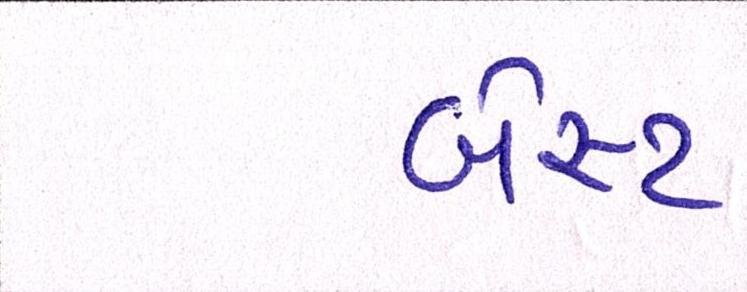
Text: બેસ્ટ